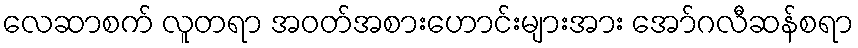
လေဆာစက် လူတရာ အဝတ်အစားဟောင်းများအား အော်ဂလီဆန်စရာ